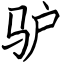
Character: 驴